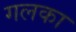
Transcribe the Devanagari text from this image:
गलका